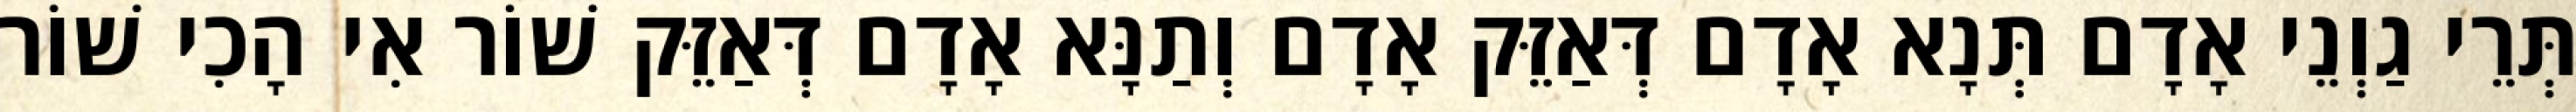
תְּרֵי גַוְנֵי אָדָם תְּנָא אָדָם דְּאַזֵּק אָדָם וְתַנָּא אָדָם דְּאַזֵּק שׁוֹר אִי הָכִי שׁוֹר